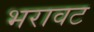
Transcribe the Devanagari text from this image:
भरावट